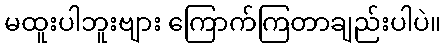
မထူးပါဘူးဗျား ကြောက်ကြတာချည်းပါပဲ။